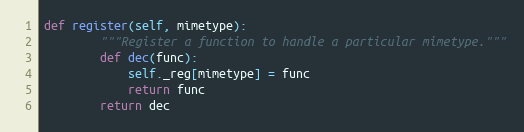
Language: Python
def register(self, mimetype):
        """Register a function to handle a particular mimetype."""
        def dec(func):
            self._reg[mimetype] = func
            return func
        return dec